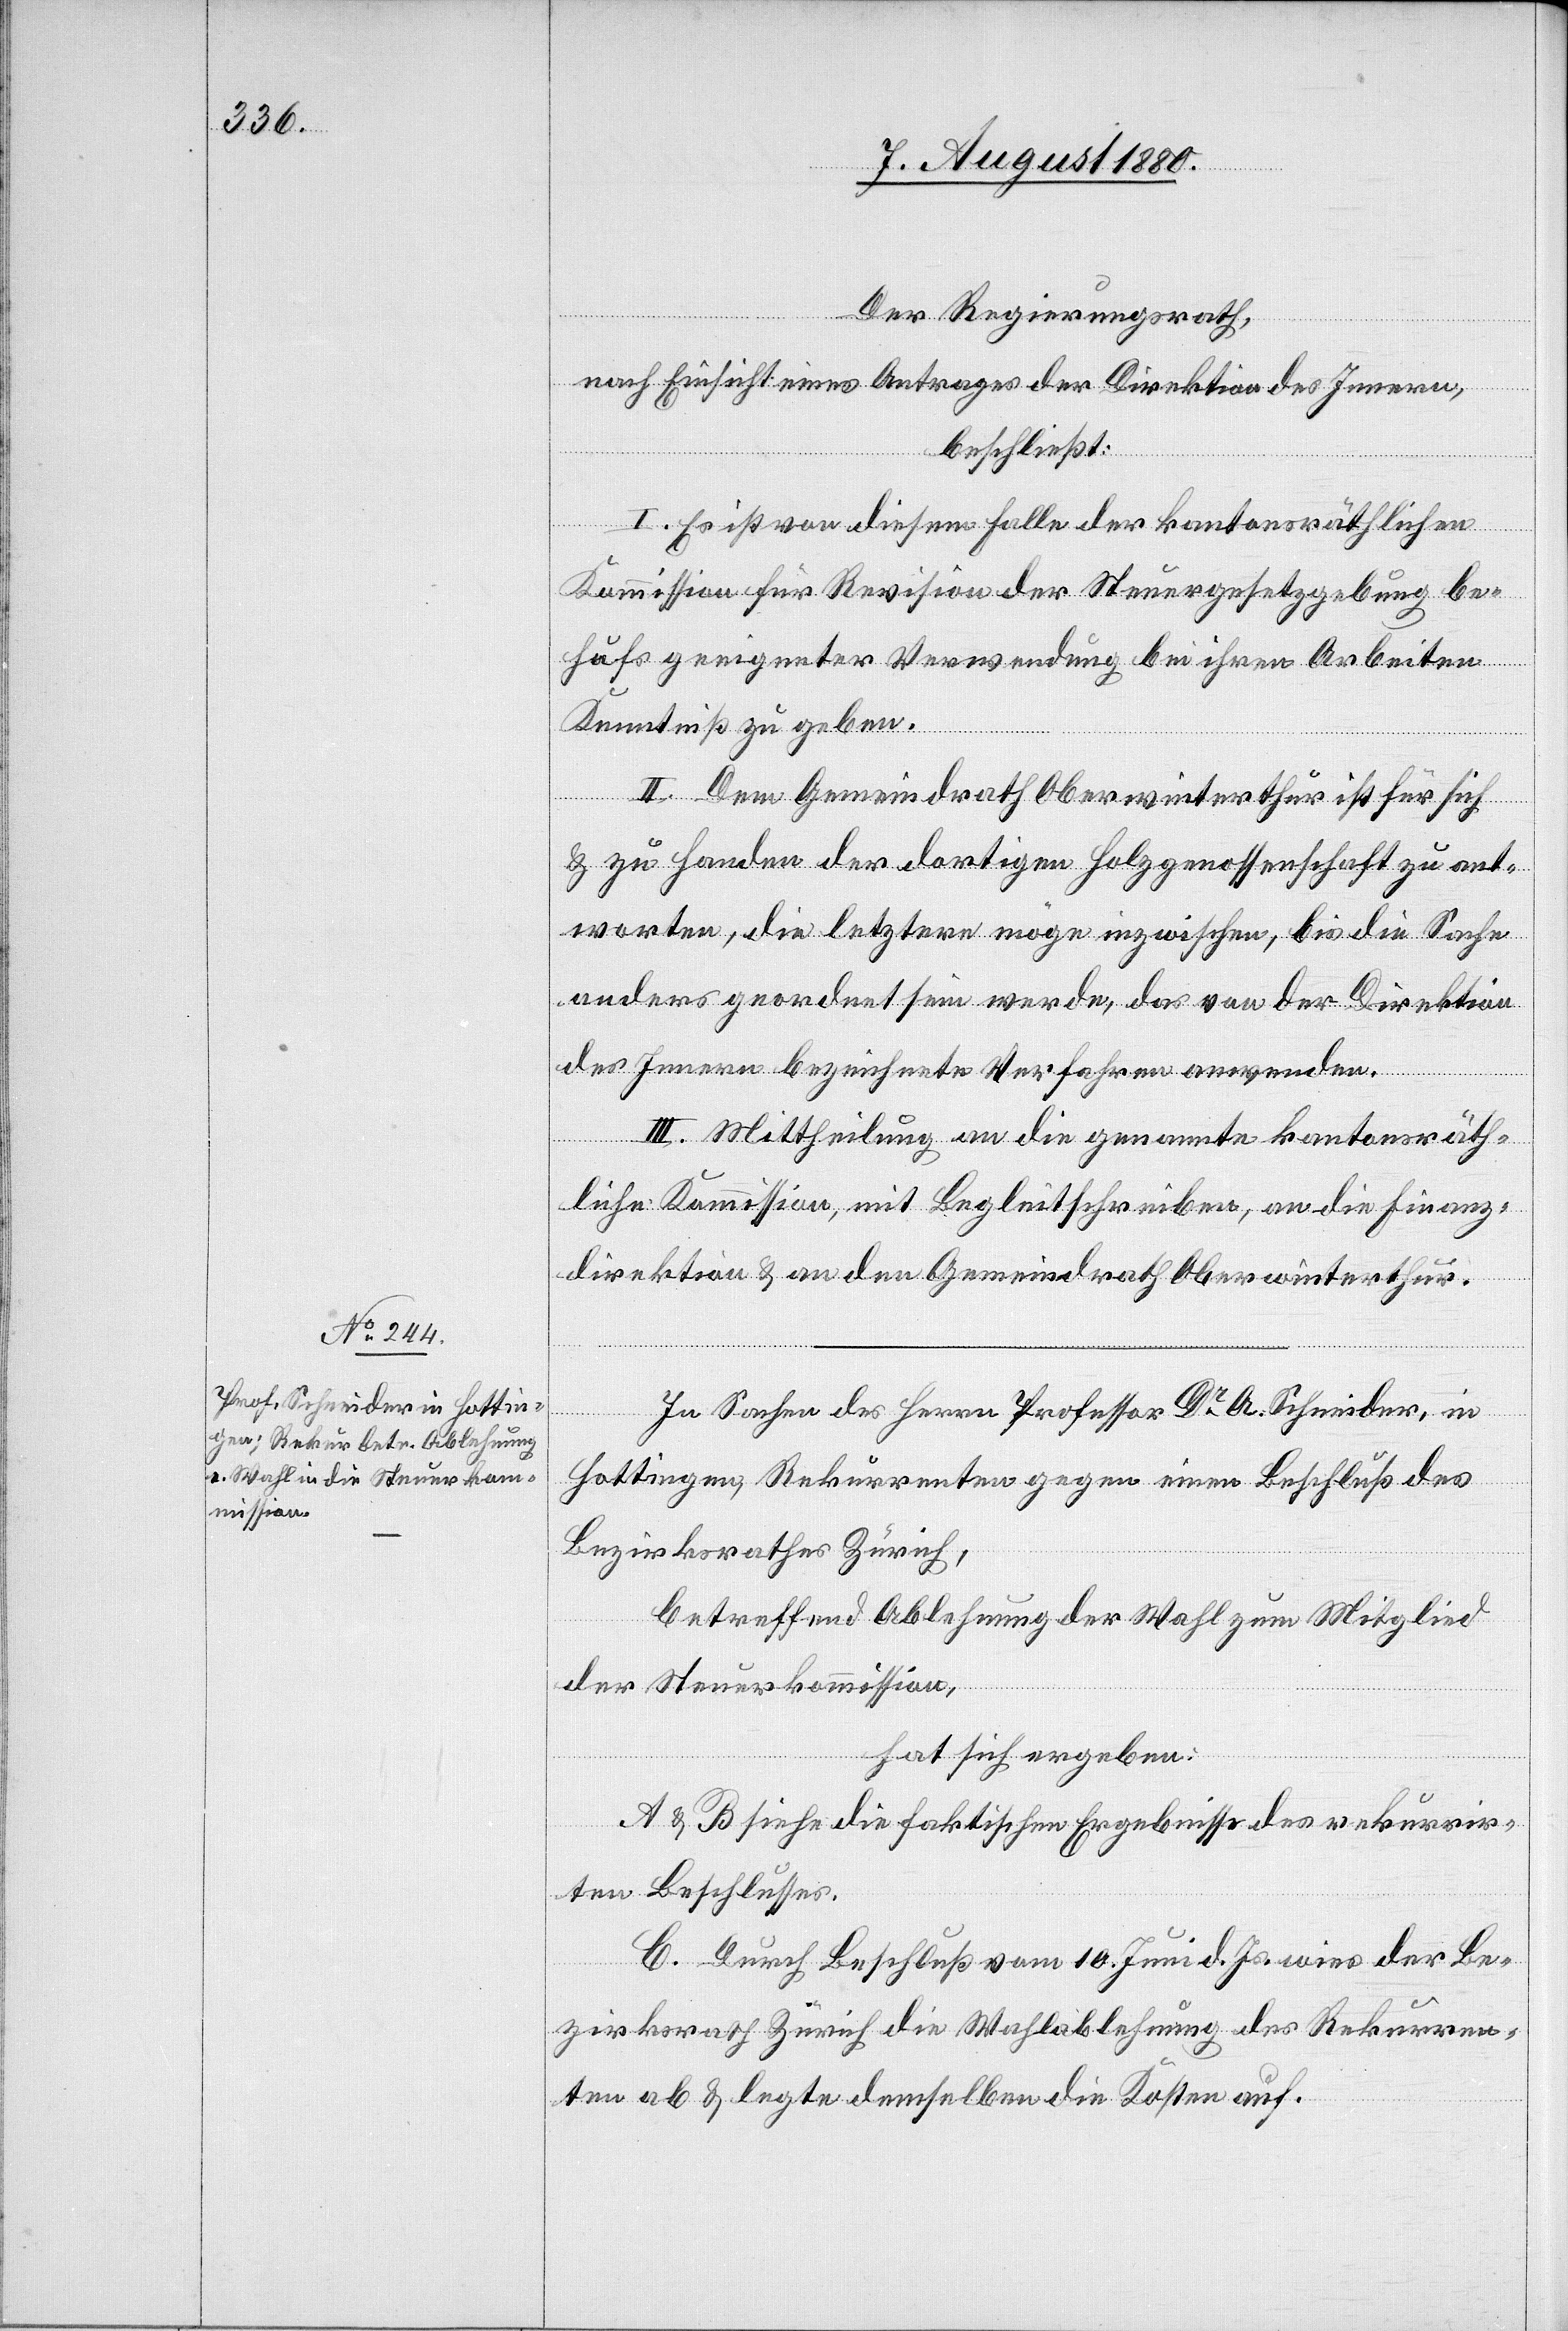
Der Regierungsrath,
nach Einsicht eines Antrages der Direktion des Innern,
beschließt:
I. Es ist von diesem Falle der kantonsräthlichen
Kommission für Revision der Steuergesetzgebung be¬
hufs geeigneter Verwendung bei ihren Arbeiten
Kenntniß zu geben.
II. Dem Gemeindrath Oberwinterthur ist für sich
& zu Handen der dortigen Holzgenossenschaft zu ant¬
worten, die letztere möge inzwischen, bis die Sache
anders geordnet sein werde, das von der Direktion
des Innern bezeichnete Verfahren anwenden.
III. Mittheilung an die genannte kantonsräth¬
liche Kommission, mit Begleitschreiben, an die Finanz¬
direktion & an den Gemeindrath Oberwinterthur.
In Sachen des Herrn Professor Dr A. Schneider, in
Hottingen, Rekurrenten gegen einen Beschluß des
Bezirksrathes Zürich,
betreffend Ablehnung der Wahl zum Mitglied
der Steuerkommission,
hat sich ergeben:
A & B siehe die faktischen Ergebnisse des rekurrir¬
ten Beschlusses.
C. Durch Beschluß vom 10. Juni d. Js. wies der Be¬
zirksrath Zürich die Wahlablehnung des Rekurren¬
ten ab & legte demselben die Kosten auf.